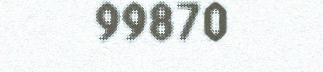
99870